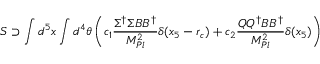
{ \cal S } \supset \int d ^ { 5 } x \int d ^ { 4 } \theta \left( c _ { 1 } { \frac { \Sigma ^ { \dagger } \Sigma B B ^ { \dagger } } { M _ { P l } ^ { 2 } } } \delta ( x _ { 5 } - r _ { c } ) + c _ { 2 } { \frac { Q Q ^ { \dagger } B B ^ { \dagger } } { M _ { P l } ^ { 2 } } } \delta ( x _ { 5 } ) \right)